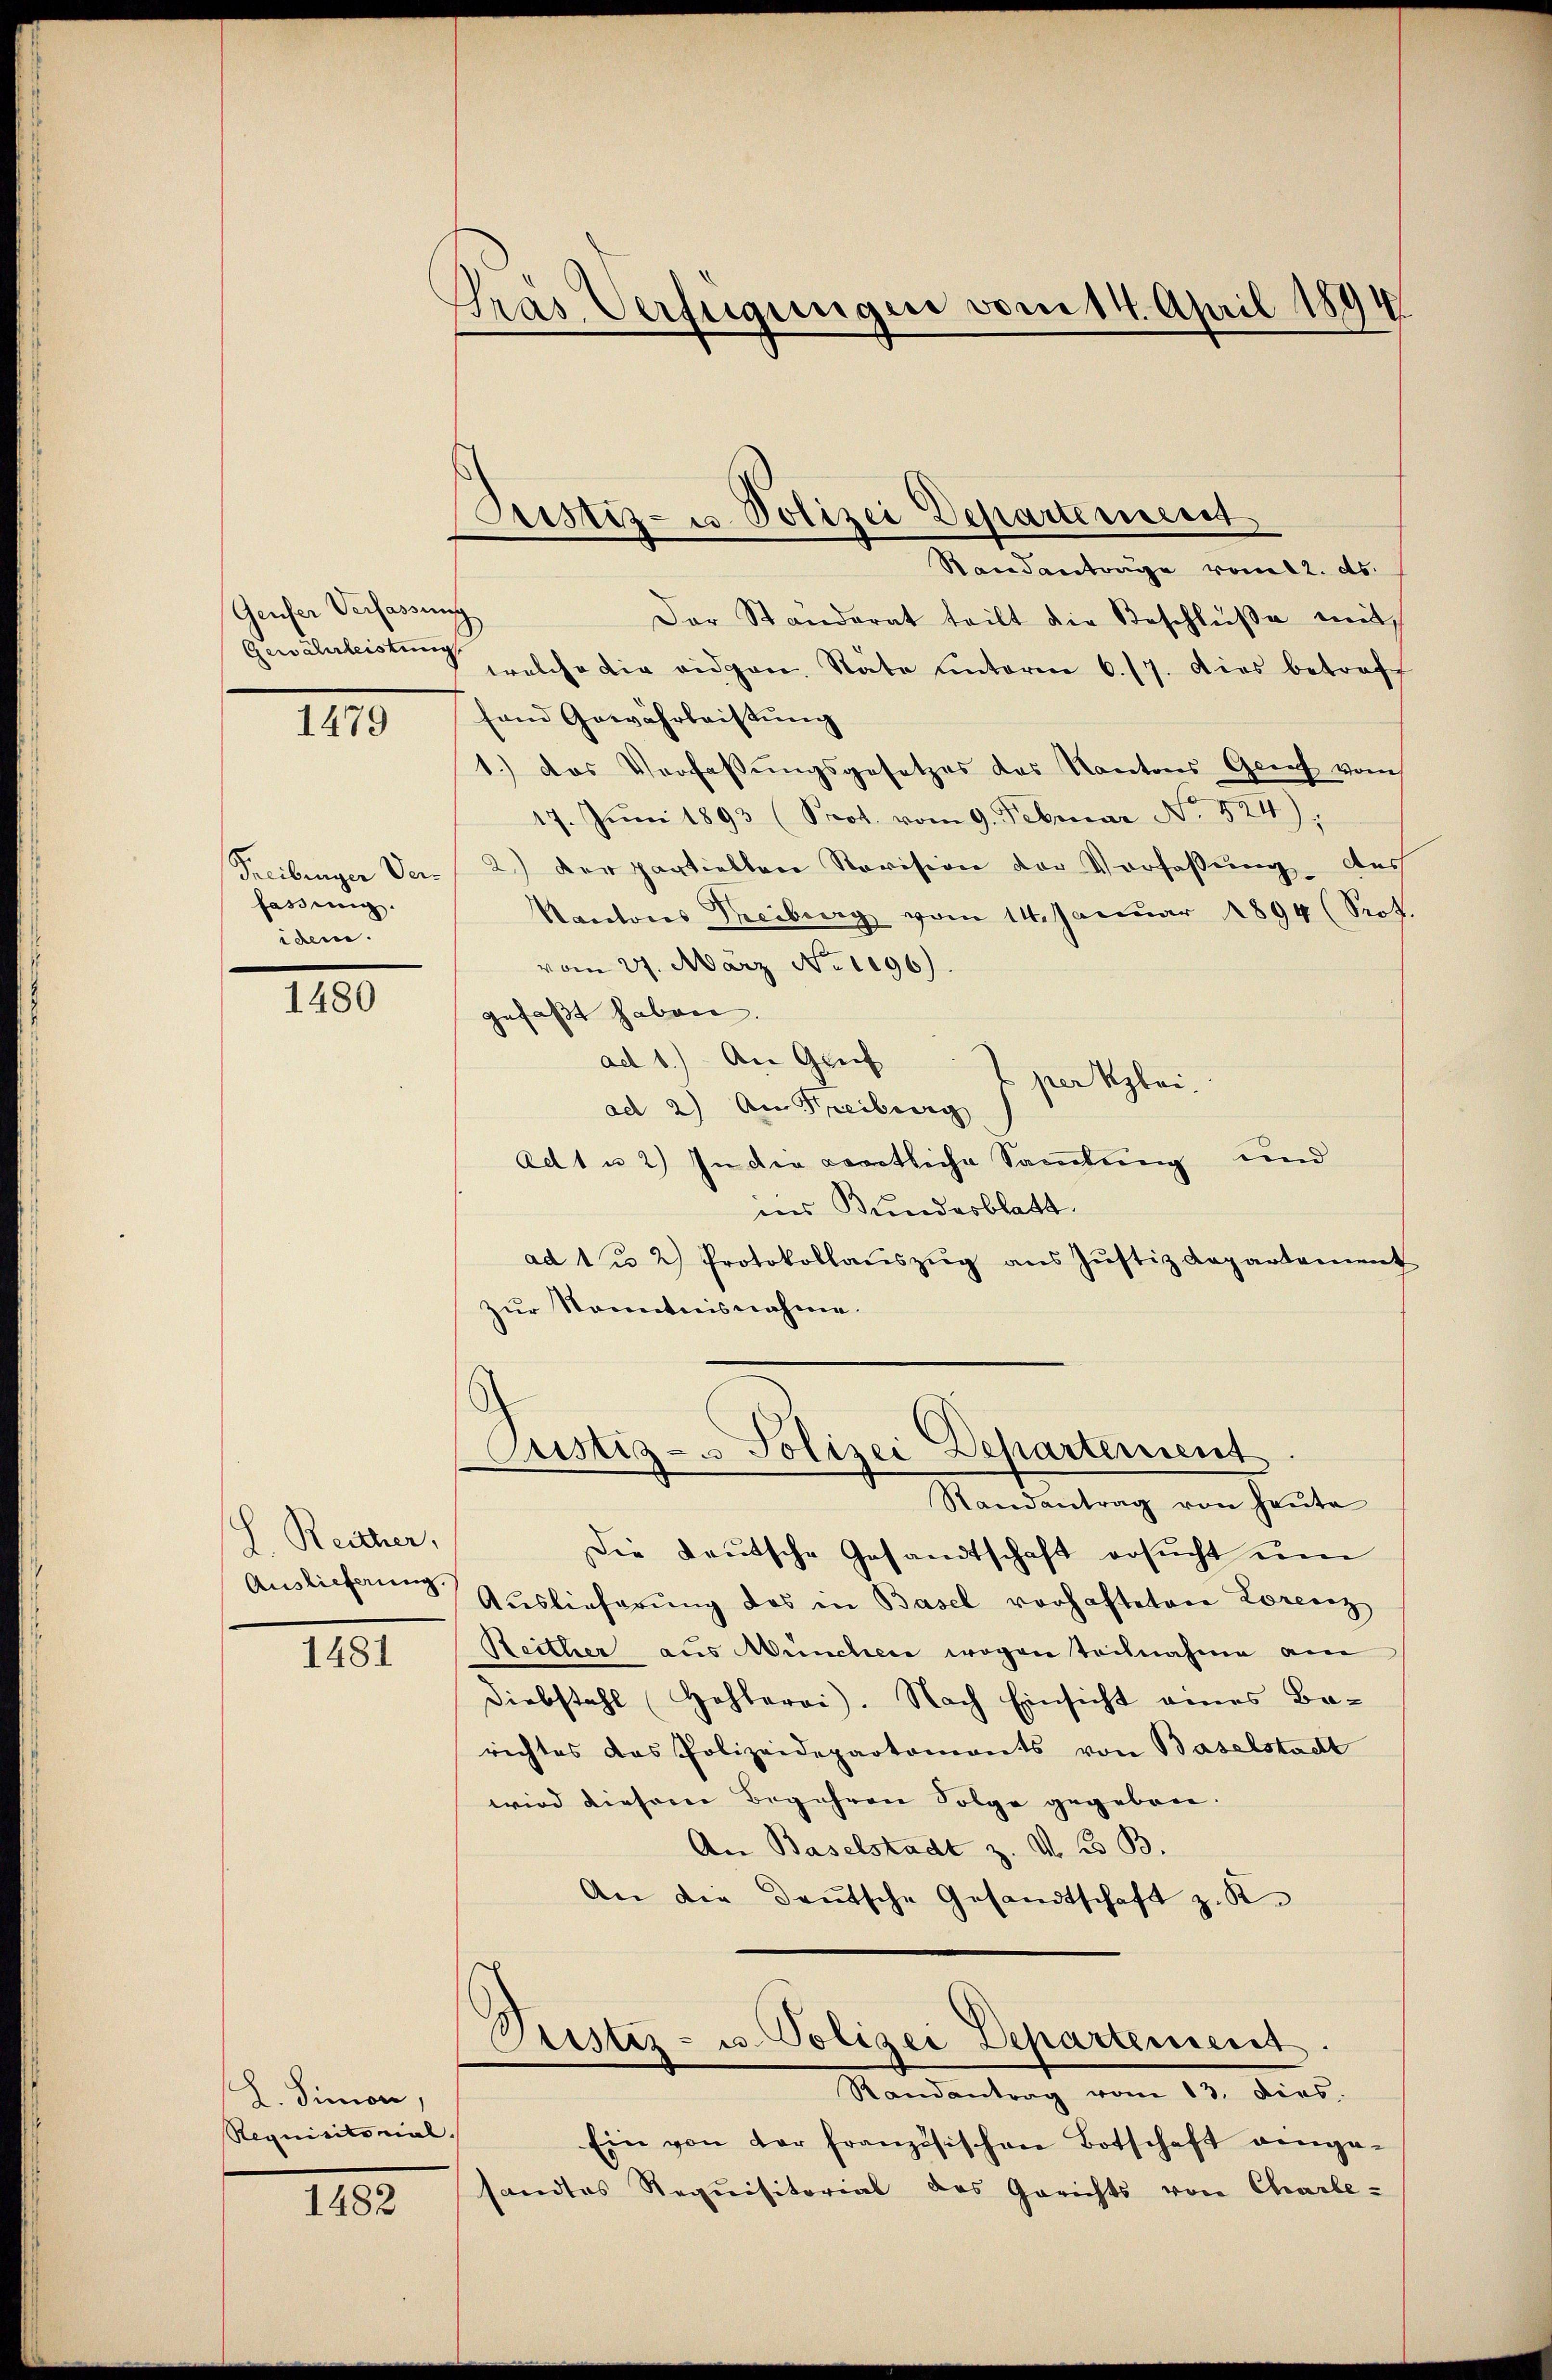
Genfer Verfassun

1479

Freibunger Verfassung.
iden.

1480

H. Reither,
Auslieferung.

1481

L. Simon,
Requisitorial.

1482

Pras Verfügungen vom 14. April 1894

Justiz- u Polizei Departement
Randantrage vom 12. ds.

)
Der Ständerat teilt die Beschlüβe mit
Gewährleistung welche die eidgen. Räte unterm 6. 17. Dies betraft
fand Gewährleistung
1.) Das Verfassŭngsgesetzes das Kantons Genf vom
17. Juni 1893 (Prot. vom 9. Februar No. 824),
2.) Der partiellen Revision der Verfassung aus
Kantons Treiburg vom 14. Januar 1894 (Prof.
vom 27. März No 1096.)
gefaßt haben.
ad 1.) An Greif
per Klei
ad 2) An Freiburg
Ad 1 u 2) In die weitliche Samlung und
ins Bundesblatt.
ad 1 u 2) Protokollaŭszŭg ans Justiz Rapartament
zur Kenntnisnahme.
Justiz- u Polizei Departement
Randantrag von heŭte
Die Deutsche Gesandtschaft ersŭcht ŭm
Auslieferung des in Basel vorhafteten Lorenz
Reither aus Münchere wegen teilnahme am
Diebstahl Hehlerai). Nach Einsicht eines Ba-
richtes das Polizeidepartemonts von Baselstadt
wird diesem Begehren Folge gegeben.
An Baselstadt z. V. B. B.
An die Deutsche Gesandtschaft z. R.
Pustiz- u. Polizei Departement.
Randantrag vom 13. dies
Ein von der französischen Botschaft angesandtes Requisitorial des Gerichts von Charte¬